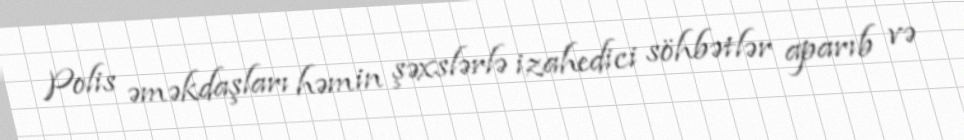
Polis əməkdaşları həmin şəxslərlə izahedici söhbətlər aparıb və